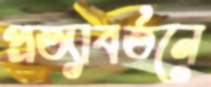
প্রত্যাবর্তনে